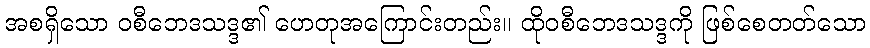
အစရှိသော ဝစီဘေဒသဒ္ဒ၏ ဟေတုအကြောင်းတည်း။ ထိုဝစီဘေဒသဒ္ဒကို ဖြစ်စေတတ်သော